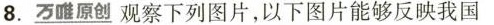
8.\underline{万唯原创 }观察下列图片，以下图片能够反映我国